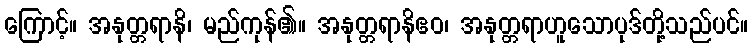
ကြောင့်။ အနုတ္တရာနိ၊ မည်ကုန်၏။ အနုတ္တရာနိဧဝ၊ အနုတ္တရာဟူသောပုဒ်တို့သည်ပင်။